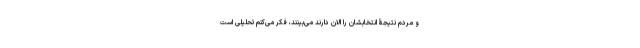
و مردم نتیجۀ انتخابشان را الان دارند می‌بینند، فکر می‌کنم تحلیلی است